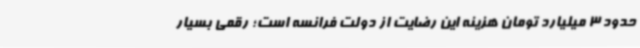
حدود 3‌ میلیارد تومان هزینه این رضایت از دولت فرانسه است؛ رقمی بسیار